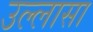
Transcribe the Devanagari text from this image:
उल्लासा